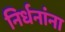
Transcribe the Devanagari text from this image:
निर्धनांना